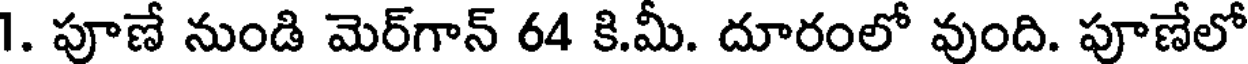
1. పూణే నుండి మెర్గాన్ 64 కి.మీ. దూరంలో వుంది. పూణేలో